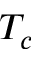
T _ { c }